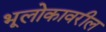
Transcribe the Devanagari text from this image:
भूलोकावरील